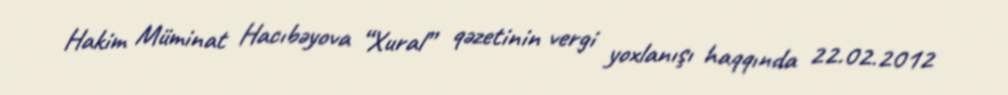
Hakim Müminat Hacıbəyova “Xural” qəzetinin vergi yoxlanışı haqqında 22.02.2012